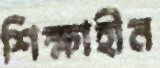
শিক্ষাহীন